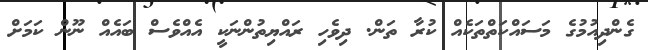
ގެންދިއުމުގެ މަސައްކަތްތަކެއް ކުރާ ތަން. ދިވެހި ރައްޔިތުންނަކީ އެއްވެސް ބައެއް ނޫން ކަމަށް